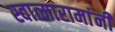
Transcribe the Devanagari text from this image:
स्वात्मारामांनी